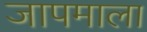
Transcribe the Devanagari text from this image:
जापमाला